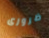
ضرورى